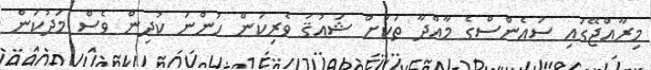
މިރާއްޖޭގައި ސައެންސްގެ މާއްދާ ތަކަށް ޝައުޤު ވެރިކަން ހުންނަ ކުދިން ވެސް މަދުކަން